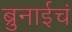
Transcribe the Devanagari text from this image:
ब्रुनाईचं